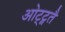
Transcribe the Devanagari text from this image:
ओट्ट्गतै